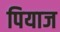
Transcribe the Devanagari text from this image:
पियाज